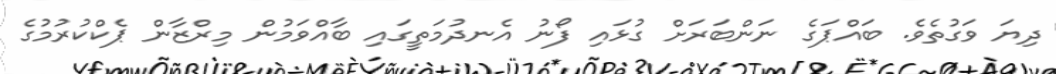
ދިޔަ ވަގުތެވެ. ބައްޕަގެ ނަންބަރަށް ގުޅައި ފޯނު އެނދުމަތީގައި ބާއްވަމުން މިރްޒާން ޕެކްކުރުމުގެ